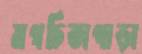
মগচিতাপাড়া